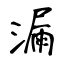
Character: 漏